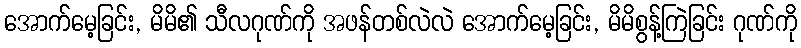
အောက်မေ့ခြင်း, မိမိ၏ သီလဂုဏ်ကို အဖန်တစ်လဲလဲ အောက်မေ့ခြင်း, မိမိစွန့်ကြဲခြင်း ဂုဏ်ကို